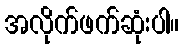
အလိုက်ဖက်ဆုံးပါ။